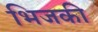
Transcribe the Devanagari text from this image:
भिजकी